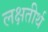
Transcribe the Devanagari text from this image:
लक्षतीर्थ